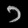
Digit: ၁